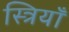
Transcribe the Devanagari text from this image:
स्त्रियॉँ